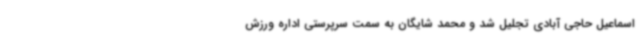
اسماعیل حاجی آبادی تجلیل شد و محمد شایگان به سمت سرپرستی اداره ورزش